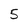
Character: 5